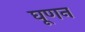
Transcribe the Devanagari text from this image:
घूणन